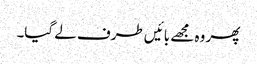
پھر وہ مجھے بائیں طرف لے گیا۔